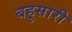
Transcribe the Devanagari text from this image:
बहुसारी